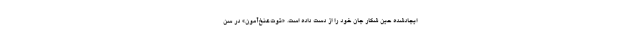
ایجادشده حین شکار جان خود را از دست داده است. «توت‌عنخ‌آمون» در سن